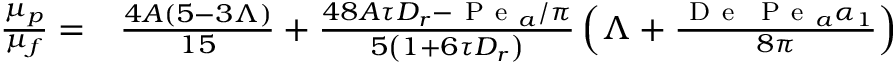
\begin{array} { r l } { \frac { \mu _ { p } } { \mu _ { f } } = } & { { } \frac { 4 A ( 5 - 3 \Lambda ) } { 1 5 } + \frac { 4 8 A \tau D _ { r } - \mathrm { ~ P ~ e ~ } _ { a } / \pi } { 5 \left( 1 + 6 \tau D _ { r } \right) } \left( \Lambda + \frac { \mathrm { ~ D ~ e ~ } \, \mathrm { ~ P ~ e ~ } _ { a } \alpha _ { 1 } } { 8 \pi } \right) } \end{array}